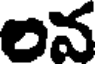
లన